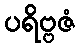
ပရိဗ္ဗဇံ